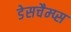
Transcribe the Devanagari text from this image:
डेसचैम्प्स